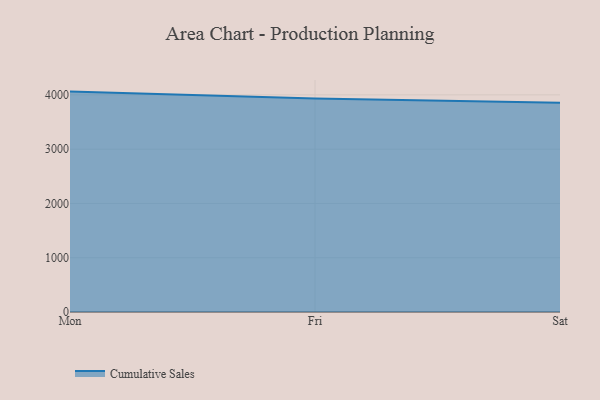
{"axis": {"x": "Day", "y": "Demand Index"}, "legend": ["Cumulative Sales"], "data": [{"x": "Mon", "y": 4060.4, "type": "Cumulative Sales"}, {"x": "Fri", "y": 3932.3, "type": "Cumulative Sales"}, {"x": "Sat", "y": 3853.5, "type": "Cumulative Sales"}]}